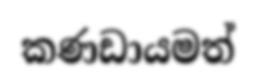
කණඩායමත්